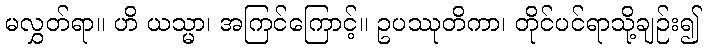
မလွှတ်ရာ။ ဟိ ယသ္မာ၊ အကြင်ကြောင့်။ ဥပဿုတိကာ၊ တိုင်ပင်ရာသို့ချဉ်း၍